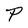
Character: P